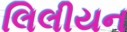
લિલીયન